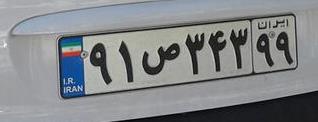
۹۱ص۳۴۳۹۹